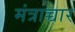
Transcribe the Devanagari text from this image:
मंत्राच्चार